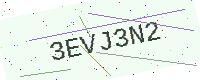
Text: 3EVJ3N2